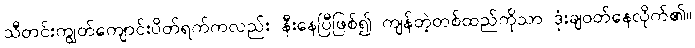
သီတင်းကျွတ်ကျောင်းပိတ်ရက်ကလည်း နီးနေပြီဖြစ်၍ ကျန်တဲ့တစ်ထည်ကိုသာ ဒုံးချဝတ်နေလိုက်၏။